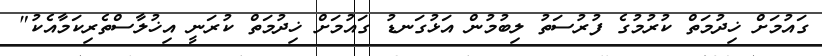
ގައުމަށް ޚިދުމަތް ކުރުމުގެ ފުރުސަތު ލިބުމުން އަޅުގަނޑު ގައުމަށް ޚިދުމަތް ކުރަނީ އިޚުލާސްތެރިކަމާއެކު"